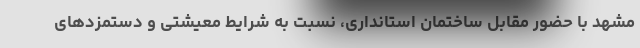
مشهد با حضور مقابل ساختمان استانداری، نسبت به شرایط معیشتی و دستمزدهای